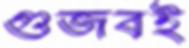
গুজবই